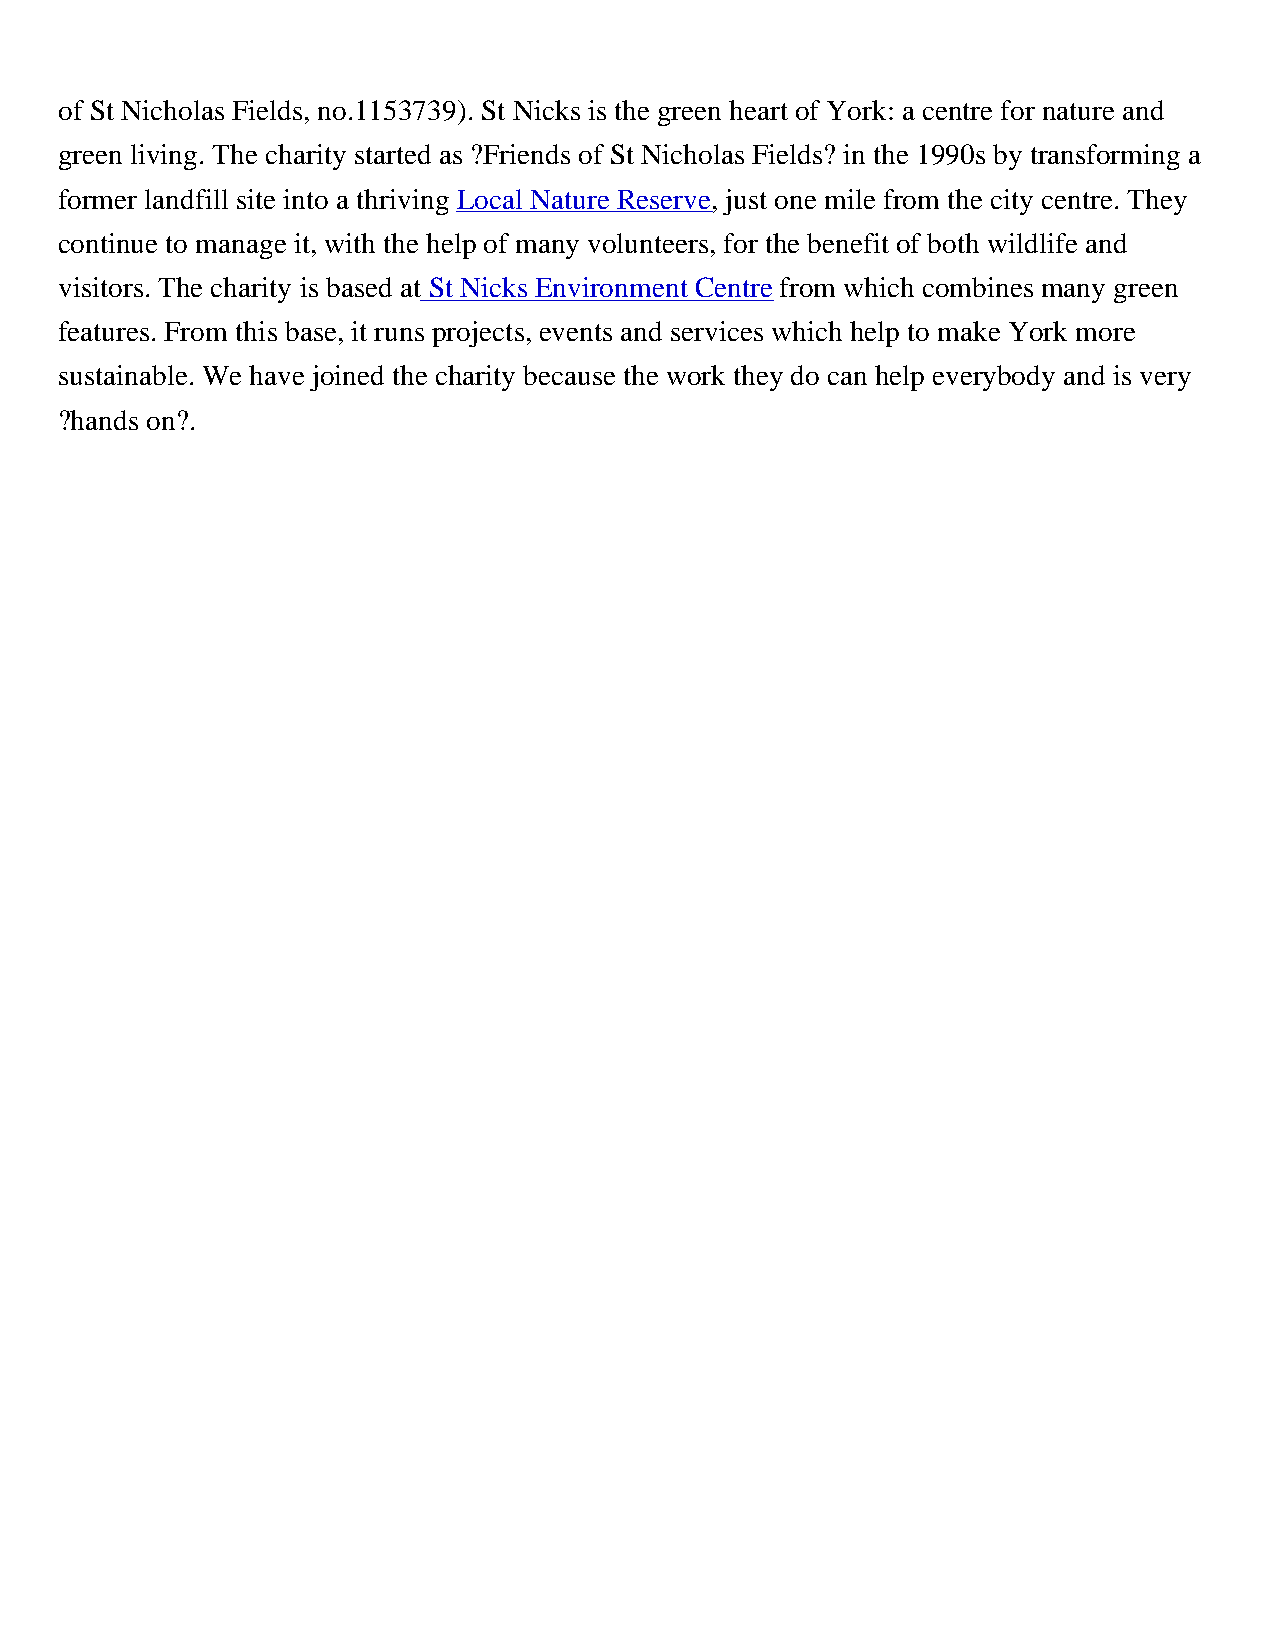
of St Nicholas Fields, no.1153739). St Nicks is the green heart of York: a centre for nature and
 green living. The charity started as ?Friends of St Nicholas Fields? in the 1990s by transforming a
 former landfill site into a thriving Local Nature Reserve, just one mile from the city centre. They
 continue to manage it, with the help of many volunteers, for the benefit of both wildlife and
 visitors. The charity is based at St Nicks Environment Centre from which combines many green
 features. From this base, it runs projects, events and services which help to make York more
 sustainable. We have joined the charity because the work they do can help everybody and is very
 ?hands on?.